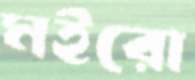
মইরো